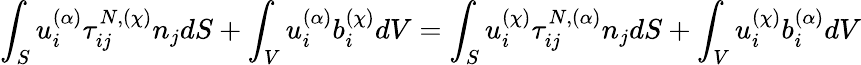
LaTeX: \int_{S}u_{i}^{(\alpha)}\tau_{ij}^{N,(\chi)}n_{j}dS+\int_{V}u_{i}^{(\alpha)}b_{i}^{(\chi)}dV=\int_{S}u_{i}^{(\chi)}\tau_{ij}^{N,(\alpha)}n_{j}dS+\int_{V}u_{i}^{(\chi)}b_{i}^{(\alpha)}dV